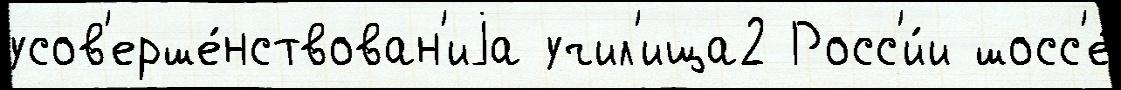
усов'ерше́нствован'иjа учил'ища2 Росс'и́и шосс'е́